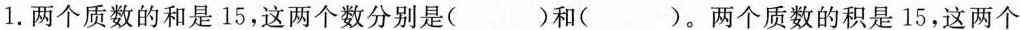
1.两个质数的和是15，这两个数分别是( )和( )。两个质数的积是15，这两个